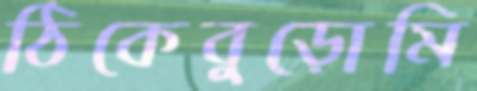
ঠিকেবুড়োমি